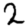
Digit: 2